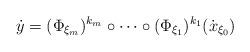
LaTeX: \begin{align*}\dot y = (\Phi_{\xi_{m}})^{k_{m}} \circ \dots \circ (\Phi_{\xi_1})^{k_1} (\dot x_{\xi_0})\end{align*}